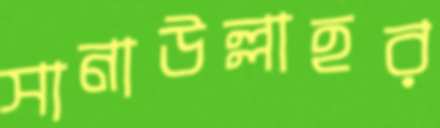
সানাউল্লাহর